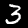
Digit: 3